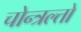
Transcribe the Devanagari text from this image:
चोन्त्रल्तो